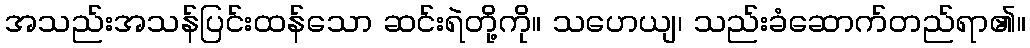
အသည်းအသန်ပြင်းထန်သော ဆင်းရဲတို့ကို။ သဟေယျ၊ သည်းခံဆောက်တည်ရာ၏။